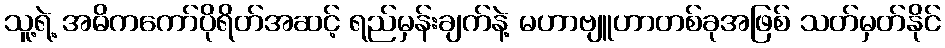
သူ့ရဲ့ အဓိကကော်ပိုရိတ်အဆင့် ရည်မှန်းချက်နဲ့ မဟာဗျူဟာတစ်ခုအဖြစ် သတ်မှတ်နိုင်